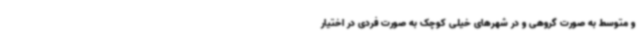
و متوسط به صورت گروهی و در شهرهای خیلی کوچک به صورت فردی در اختیار